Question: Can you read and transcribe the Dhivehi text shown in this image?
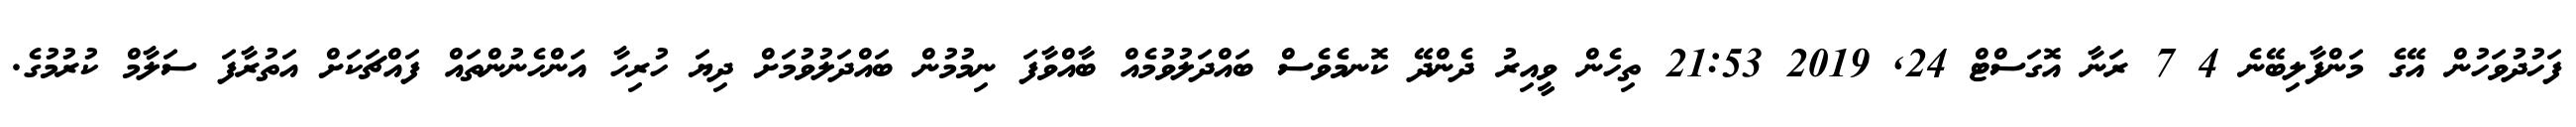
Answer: ފަހުދުވަހުން އޭގެ މަންފާލިބޭނެ 4 7 ރަނާ އޮގަސްޓް 24, 2019 21:53 ތިހެން ވީއިރު ދެންދޭ ކޮނމެވެސް ބައްދަލުވުމެއް ބާއްވާފަ ނިމުމުން ބައްދަލުވުމަށް ދިޔަ ހުރިހާ އަންހެނުންތައް ފައްޗަކަށް އަތުރާފަ ސަލާމް ކުރުމުގެ.